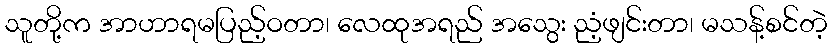
သူတို့က အာဟာရမပြည့်ဝတာ၊ လေထုအရည် အသွေး ညံ့ဖျင်းတာ၊ မသန့်စင်တဲ့